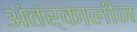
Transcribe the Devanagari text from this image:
अंतर्कालीन